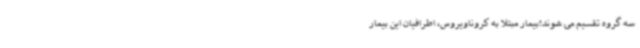
سه گروه تقسیم می شوند؛بیمار مبتلا به کروناویروس، اطرافیان این بیمار